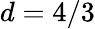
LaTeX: d=4/3